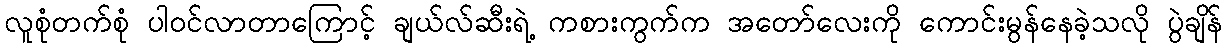
လူစုံတက်စုံ ပါဝင်လာတာကြောင့် ချယ်လ်ဆီးရဲ့ ကစားကွက်က အတော်လေးကို ကောင်းမွန်နေခဲ့သလို ပွဲချိန်